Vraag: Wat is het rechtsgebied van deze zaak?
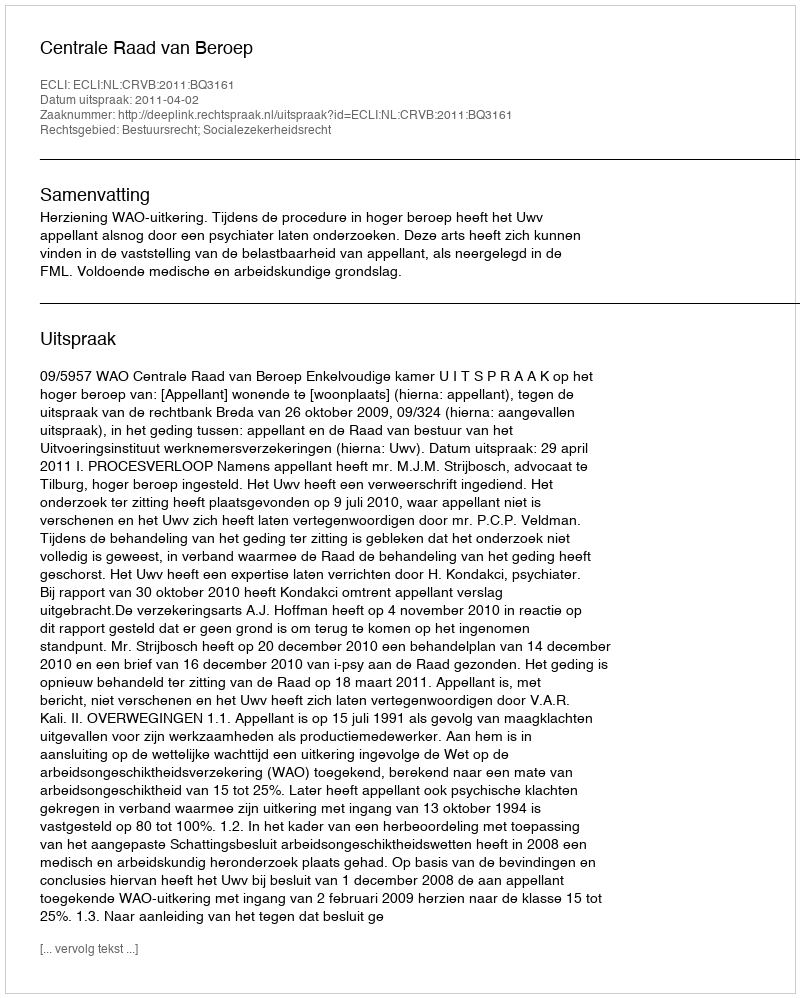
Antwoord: Bestuursrecht; Socialezekerheidsrecht